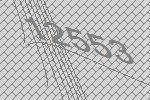
12553